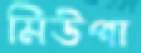
মিউপা